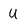
Character: U